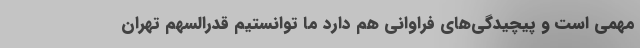
مهمی است و پیچیدگی‌های فراوانی هم دارد ما توانستیم قدرالسهم تهران